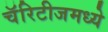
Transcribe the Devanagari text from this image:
चॅरिटीजमध्ये